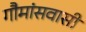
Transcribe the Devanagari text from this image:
गौमांसवासी